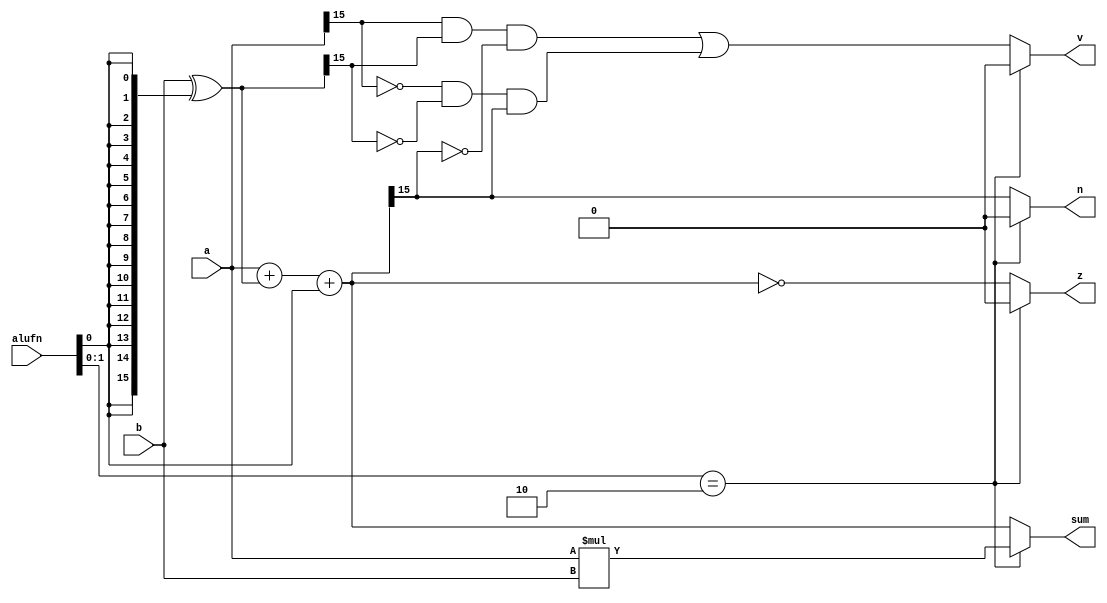
/*
   This file was generated automatically by the Mojo IDE version B1.3.6.
   Do not edit this file directly. Instead edit the original Lucid source.
   This is a temporary file and any changes made to it will be destroyed.
*/

module alu_add16_41 (
    input [15:0] a,
    input [15:0] b,
    input [5:0] alufn,
    output reg [15:0] sum,
    output reg z,
    output reg v,
    output reg n
  );
  
  
  
  reg [15:0] xb;
  
  reg [15:0] sum1;
  
  always @* begin
    z = 1'h0;
    v = 1'h0;
    n = 1'h0;
    sum = a;
    if (alufn[0+1-:2] == 2'h2) begin
      sum = a * b;
    end else begin
      xb = b ^ {5'h10{alufn[0+0-:1]}};
      sum1 = a + xb + alufn[0+0-:1];
      sum = sum1;
      z = (sum1 == 16'h0000);
      v = (a[15+0-:1] & xb[15+0-:1] & !sum1[15+0-:1]) || (!a[15+0-:1] & !xb[15+0-:1] & sum1[15+0-:1]);
      n = sum1[15+0-:1];
    end
  end
endmodule